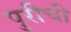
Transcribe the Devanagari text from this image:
पुरीची